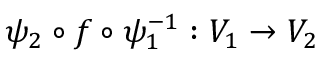
\psi _ { 2 } \circ f \circ \psi _ { 1 } ^ { - 1 } : V _ { 1 } \to V _ { 2 }